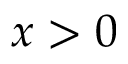
x > 0